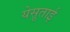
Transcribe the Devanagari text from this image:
येसूताई